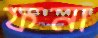
ফনা